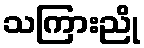
သကြားညို